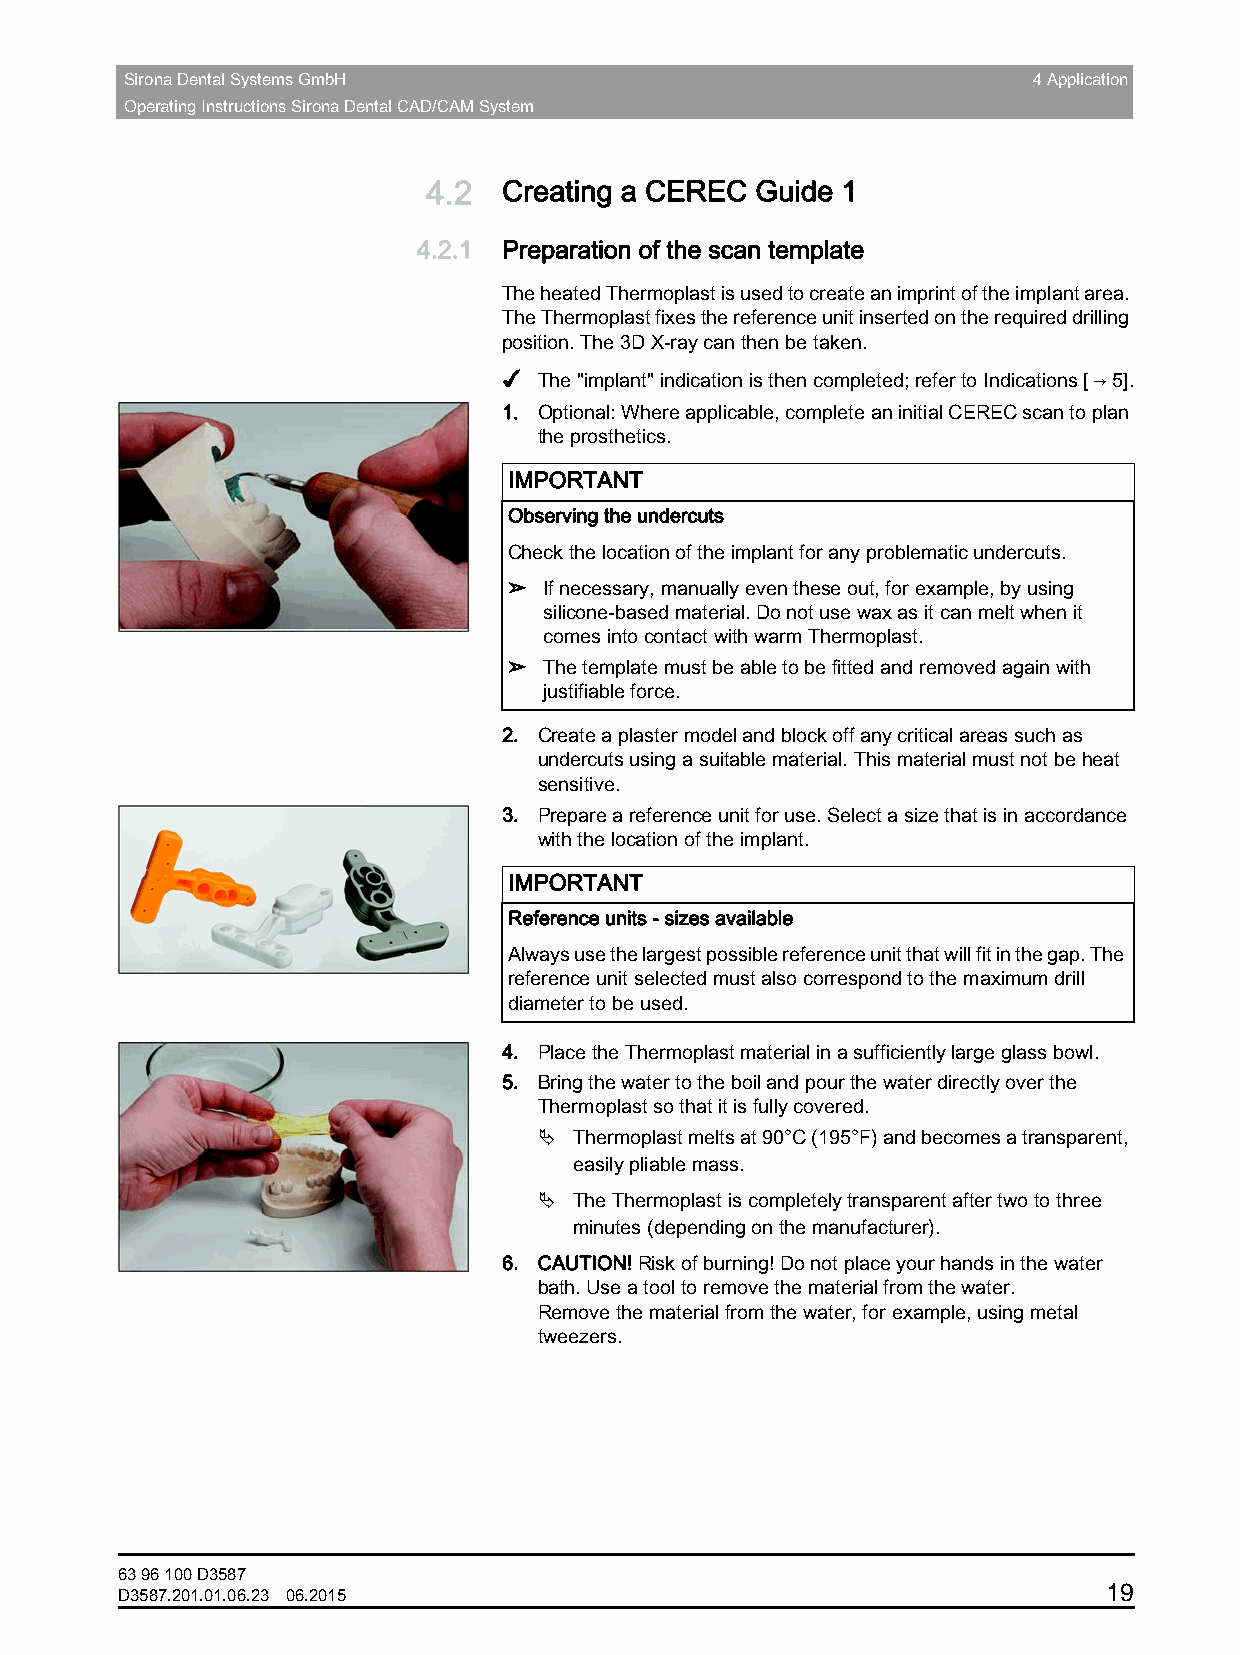
Sirona Dental Systems GmbH                                  4 Application
 Operating Instructions Sirona Dental CAD/CAM System
 4.2  Creating a CEREC Guide 1
 4.2.1 Preparation of the scan template
 The heated Thermoplast is used to create an imprint of the implant area.
 The Thermoplast fixes the reference unit inserted on the required drilling
 position. The 3D X-ray can then be taken.
 ✔  The "implant" indication is then completed; refer to Indications[→5].
 1. Optional: Where applicable, complete an initial CEREC scan to plan
 the prosthetics.
 IMPORTANT
 Observing the undercuts
 Check the location of the implant for any problematic undercuts.
 ➢ If necessary, manually even these out, for example, by using
 silicone-based material. Do not use wax as it can melt when it
 comes into contact with warm Thermoplast.
 ➢ The template must be able to be fitted and removed again with
 justifiable force.
 2. Create a plaster model and block off any critical areas such as
 undercuts using a suitable material. This material must not be heat
 sensitive.
 3. Prepare a reference unit for use. Select a size that is in accordance
 with the location of the implant.
 IMPORTANT
 Reference units - sizes available
 Always use the largest possible reference unit that will fit in the gap. The
 reference unit selected must also correspond to the maximum drill
 diameter to be used.
 4. Place the Thermoplast material in a sufficiently large glass bowl.
 5. Bring the water to the boil and pour the water directly over the
 Thermoplast so that it is fully covered.
  Thermoplast melts at 90°C (195°F) and becomes a transparent,
 easily pliable mass.
  The Thermoplast is completely transparent after two to three
 minutes (depending on the manufacturer).
 6. CAUTION! Risk of burning! Do not place your hands in the water
 bath. Use a tool to remove the material from the water.
 Remove the material from the water, for example, using metal
 tweezers.
 63 96 100 D3587
 19
 D3587.201.01.06.23 06.2015